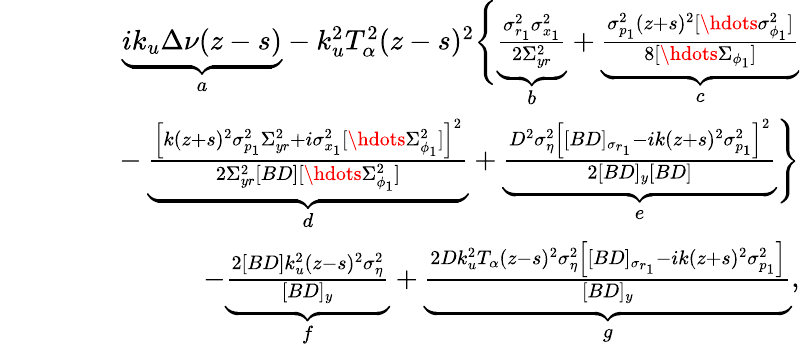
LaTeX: \begin{array}{rlr}&{}&{\underbrace{ik_{u}\Delta\nu(z-s)}_{a}-k_{u}^{2}T_{\alpha}^{2}(z-s)^{2}\Bigg\{ \underbrace{\frac{\sigma_{r_{1}}^{2}\sigma_{x_{1}}^{2}}{2\Sigma_{yr}^{2}}}_{b}+\underbrace{\frac{\sigma_{p_{1}}^{2}(z+s)^{2}[\hdots\sigma_{\phi_{1}}^{2}]}{8[\hdots\Sigma_{\phi_{1}}]}}_{c}\Bigg.}\\ &{}&{\qquad\Bigg.-\underbrace{\frac{\left[k(z+s)^{2}\sigma_{p_{1}}^{2}\Sigma_{yr}^{2}+i\sigma_{x_{1}}^{2}[\hdots\Sigma_{\phi_{1}}^{2}]\right]^{2}}{2\Sigma_{yr}^{2}[BD][\hdots\Sigma_{\phi_{1}}^{2}]}}_{d}+\underbrace{\frac{D^{2}\sigma_{\eta}^{2}\left[[BD]_{\sigma_{r_{1}}}-ik(z+s)^{2}\sigma_{p_{1}}^{2}\right]^{2}}{2[BD]_{y}[BD]}}_{e}\Bigg\} }\\ &{}&{\qquad-\underbrace{\frac{2[BD]k_{u}^{2}(z-s)^{2}\sigma_{\eta}^{2}}{[BD]_{y}}}_{f}+\underbrace{\frac{2Dk_{u}^{2}T_{\alpha}(z-s)^{2}\sigma_{\eta}^{2}\left[[BD]_{\sigma_{r_{1}}}-ik(z+s)^{2}\sigma_{p_{1}}^{2}\right]}{[BD]_{y}}}_{g},}\end{array}